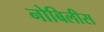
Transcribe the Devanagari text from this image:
नोबिलीस